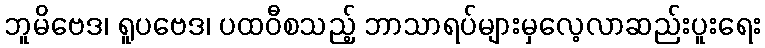
ဘူမိဗေဒ၊ ရူပဗေဒ၊ ပထဝီစသည့် ဘာသာရပ်များမှလေ့လာဆည်းပူးရေး